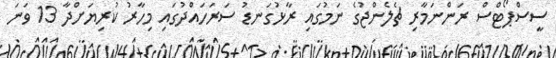
ސީސްޕޯޓްސް ރަންނަމާރި ޗެލެންޖުގެ ނަމުގައި ރާޅުގަނޑު ސަރަހައްދުގައި މިހާރު ކުރިޔަށްދާ 13 ވަނަ